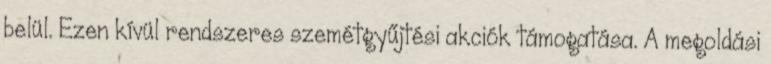
belül. Ezen kívül rendszeres szemétgyűjtési akciók támogatása. A megoldási